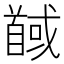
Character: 馘